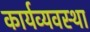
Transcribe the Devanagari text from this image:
कार्यव्यवस्था